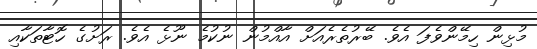
މުޅިން ހިމޭންވެފަ އެވެ. ބޭރުތެރެއަށް އާއްމުން ނުކުމެ ނޫޅެ އެވެ. ރަށުގެ ހޮޓާތަކާއި